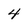
Character: 4